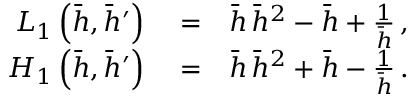
\begin{array} { r l r } { L _ { 1 } \left( \bar { h } , \bar { h } ^ { \prime } \right) } & { { } = } & { \bar { h } \, \bar { h } ^ { 2 } - \bar { h } + \frac { 1 } { \bar { h } } \, , } \\ { { \cal H } _ { 1 } \left( \bar { h } , \bar { h } ^ { \prime } \right) } & { { } = } & { \bar { h } \, \bar { h } ^ { 2 } + \bar { h } - \frac { 1 } { \bar { h } } \, . } \end{array}